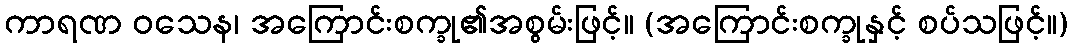
ကာရဏ ဝသေန၊ အကြောင်းစက္ခု၏အစွမ်းဖြင့်။ (အကြောင်းစက္ခုနှင့် စပ်သဖြင့်။)